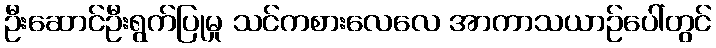
ဦးဆောင်ဦးရွက်ပြုမှု သင်ကစားလေလေ အာကာသယာဉ်ပေါ်တွင်